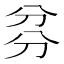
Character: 𠔑